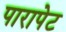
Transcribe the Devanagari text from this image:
पारापेट